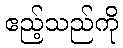
ဧည့်သည်ကို